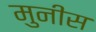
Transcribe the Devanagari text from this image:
मुनीस